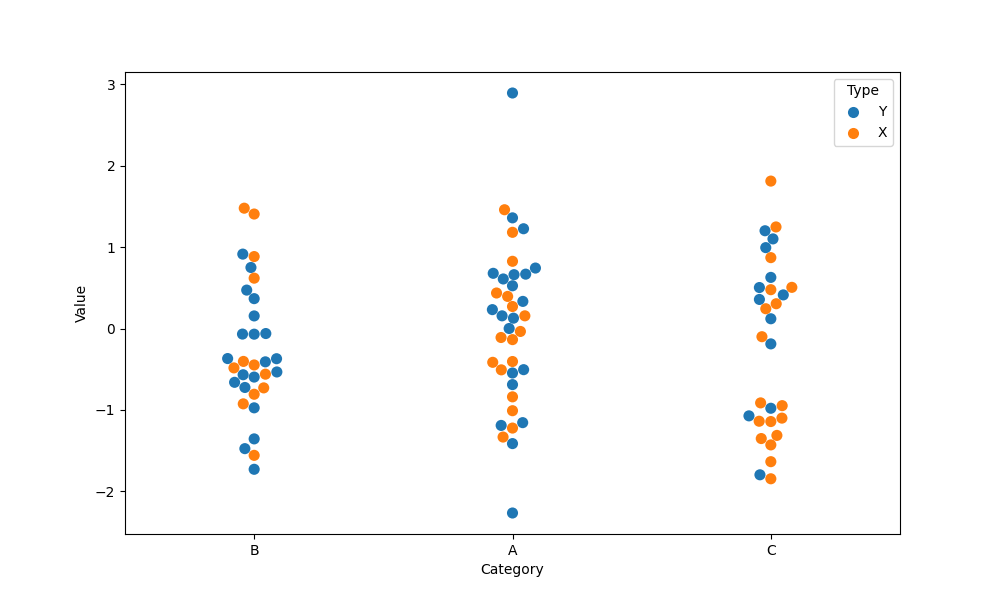
python, seaborn, swarmplot, dodge=False, alpha=1.0, size=8